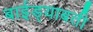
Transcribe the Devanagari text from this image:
बाईड्याबती